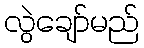
လွဲချော်မည်